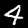
Digit: 4